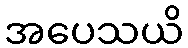
အပေသယိ